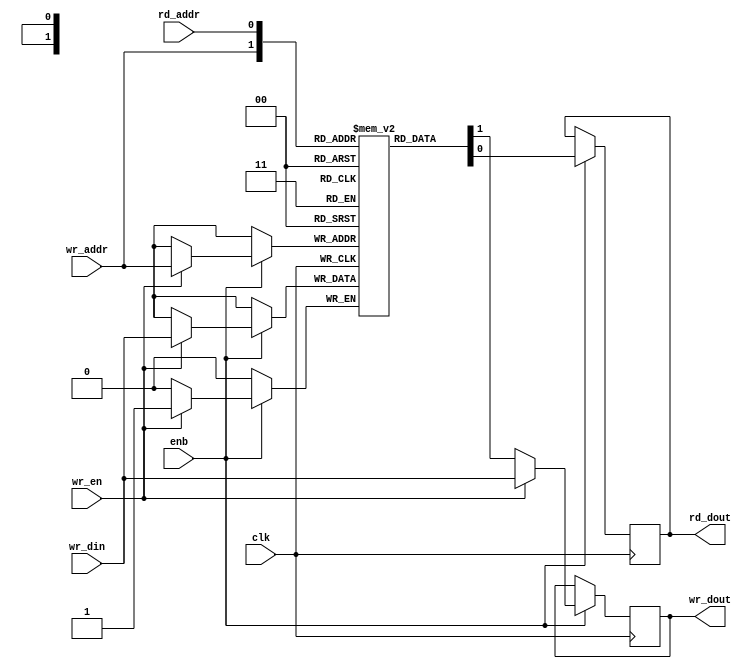
// -------------------------------------------------------------
// 
// 
// Generated by MATLAB 23.2, HDL Coder 23.2, and Simulink 23.2
// 
// -------------------------------------------------------------


// -------------------------------------------------------------
// 
// Module: DualPortRAM_generic
// Source Path: signalSim/DualRam/DualPortRAM_generic
// Hierarchy Level: 1
// Model version: 1.9
// 
// -------------------------------------------------------------

`timescale 1 ns / 1 ns

module DualPortRAM_generic
          (clk,
           enb,
           wr_din,
           wr_addr,
           wr_en,
           rd_addr,
           wr_dout,
           rd_dout);

  parameter integer AddrWidth  = 1;
  parameter integer DataWidth  = 1;

  input   clk;
  input   enb;
  input   [DataWidth - 1:0] wr_din;  // parameterized width
  input   [AddrWidth - 1:0] wr_addr;  // parameterized width
  input   wr_en;  // ufix1
  input   [AddrWidth - 1:0] rd_addr;  // parameterized width
  output  [DataWidth - 1:0] wr_dout;  // parameterized width
  output  [DataWidth - 1:0] rd_dout;  // parameterized width


  reg  [DataWidth - 1:0] ram [2**AddrWidth - 1:0];
  reg  [DataWidth - 1:0] dout_b;
  reg  [DataWidth - 1:0] dout_a;
  integer i;

  initial begin
    for (i=0; i<=2**AddrWidth - 1; i=i+1) begin
      ram[i] = 0;
    end
    dout_b = 0;
    dout_a = 0;
  end


  always @(posedge clk)
    begin : DualPortRAM_generic_process
      if (enb == 1'b1) begin
        if (wr_en == 1'b1) begin
          ram[wr_addr] <= wr_din;
          dout_a <= wr_din;
        end
        else begin
          dout_a <= ram[wr_addr];
        end
        dout_b <= ram[rd_addr];
      end
    end

  assign rd_dout = dout_b;
  assign wr_dout = dout_a;

endmodule  // DualPortRAM_generic